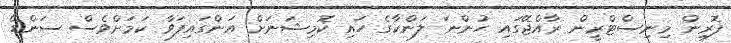
ފޮރިން މިނިސްޓްރީން ރާއްޖޭގައި ހުންނަ ލަންކާގެ ހައި ކޮމިޝަނަށް އަންގައިފަވާ ކަމަށްވެސް ސަންޑޭ